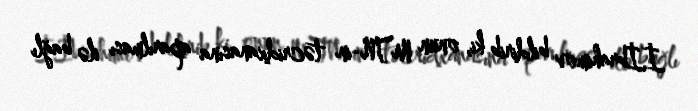
İ.İbrahimov bildirib ki, onun MTN-in təcridxanasına aparılması ilə bağlı